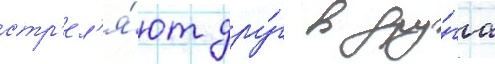
стр'ел'я́ют дру́г в дру́га